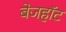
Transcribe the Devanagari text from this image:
बेजहॉट